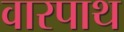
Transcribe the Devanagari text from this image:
वारपाथ